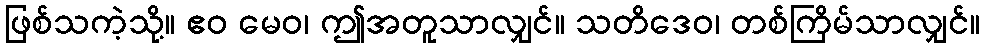
ဖြစ်သကဲ့သို့။ ဧဝ မေဝ၊ ဤအတူသာလျှင်။ သတိဒေဝ၊ တစ်ကြိမ်သာလျှင်။